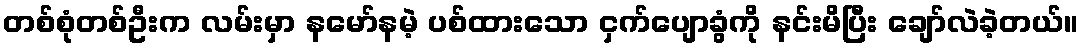
တစ်စုံတစ်ဦးက လမ်းမှာ နမော်နမဲ့ ပစ်ထားသော ငှက်ပျောခွံကို နင်းမိပြီး ချော်လဲခဲ့တယ်။